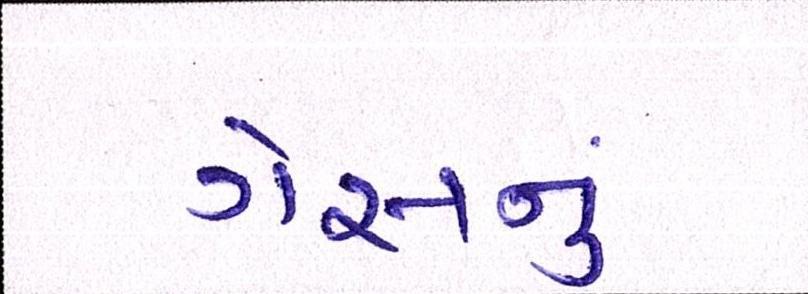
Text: ગેસનું